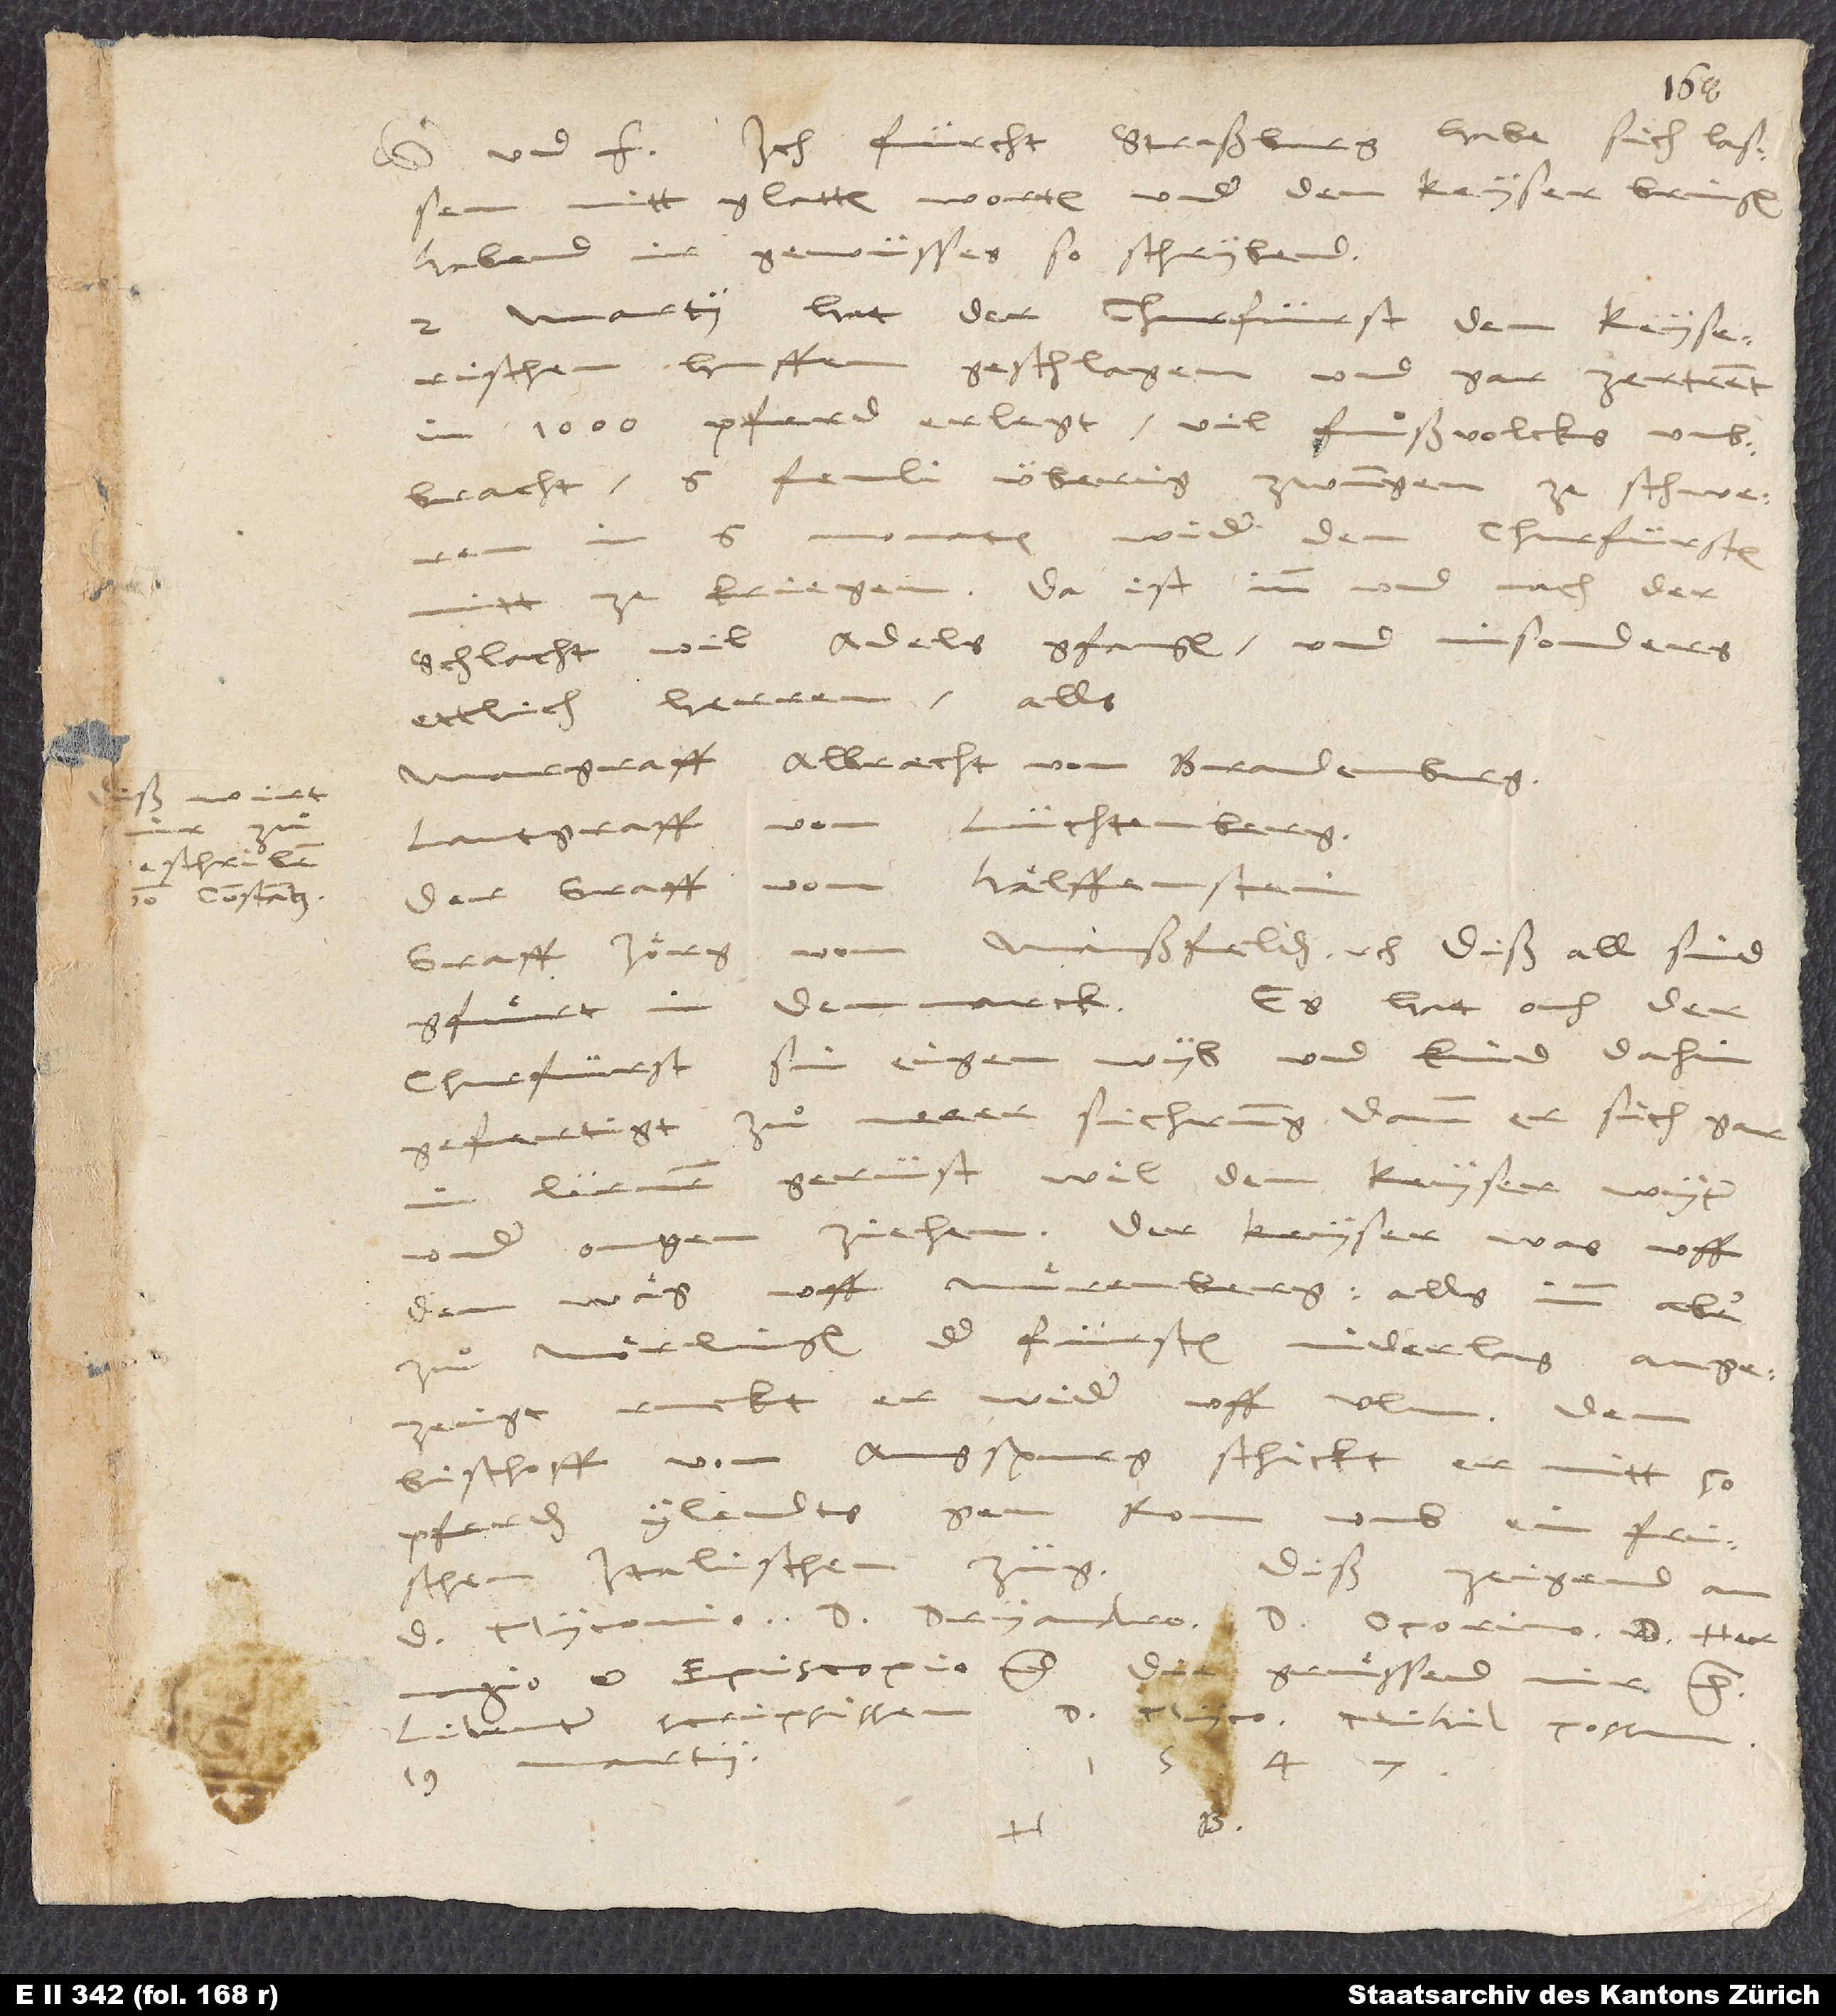
zuͦ